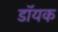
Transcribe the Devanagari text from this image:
डॉयक